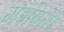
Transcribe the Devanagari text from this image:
गर्भबती